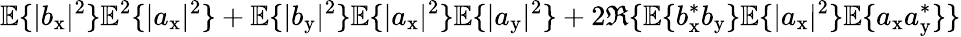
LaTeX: \mathbb{E}\{ |b_{\mathrm{x}}|^{2}\} \mathbb{E}^{2}\{ |a_{\mathrm{x}}|^{2}\} +\mathbb{E}\{ |b_{\mathrm{y}}|^{2}\} \mathbb{E}\{ |a_{\mathrm{x}}|^{2}\} \mathbb{E}\{ |a_{\mathrm{y}}|^{2}\} +2\Re\{ \mathbb{E}\{ b_{\mathrm{x}}^{\ast}b_{\mathrm{y}}\} \mathbb{E}\{ |a_{\mathrm{x}}|^{2}\} \mathbb{E}\{ a_{\mathrm{x}}a_{\mathrm{y}}^{\ast}\} \}